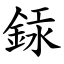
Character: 銾